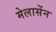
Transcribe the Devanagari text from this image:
मेलासेंन